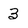
Character: 3